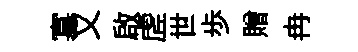
寡又啟虗世歩贈冉